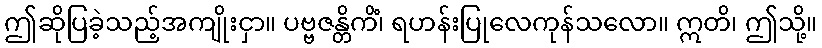
ဤဆိုပြခဲ့သည့်အကျိုးငှာ။ ပဗ္ဗဇန္တိကိံ၊ ရဟန်းပြုလေကုန်သလော။ ဣတိ၊ ဤသို့။